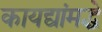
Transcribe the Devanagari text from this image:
कायद्यांमद्धे